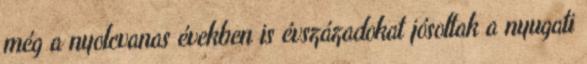
még a nyolcvanas években is évszázadokat jósoltak a nyugati